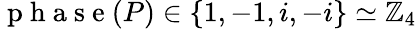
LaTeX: \mathrm{~p~h~a~s~e~}(P)\in\{ 1,-1,i,-i\} \simeq\mathbb{Z}_{4}